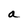
Character: a